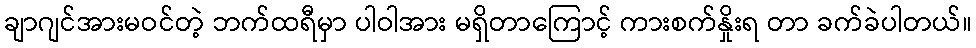
ချာဂျင်အားမဝင်တဲ့ ဘက်ထရီမှာ ပါဝါအား မရှိတာကြောင့် ကားစက်နှိုးရ တာ ခက်ခဲပါတယ်။